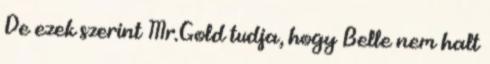
De ezek szerint Mr.Gold tudja, hogy Belle nem halt